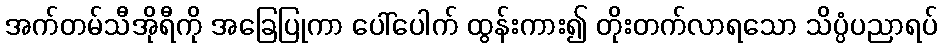
အက်တမ်သီအိုရီကို အခြေပြုကာ ပေါ်ပေါက် ထွန်းကား၍ တိုးတက်လာရသော သိပ္ပံပညာရပ်